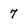
Character: 7